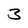
Character: 3